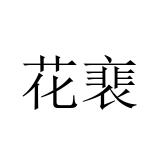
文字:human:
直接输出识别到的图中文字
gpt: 花裵